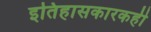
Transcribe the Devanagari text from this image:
इतिहासकारकही